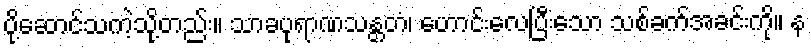
ပို့ဆောင်သကဲ့သို့တည်း။ သာခပုရာဏသန္တတံ၊ ဟောင်းလေပြီးသော သစ်ခက်အခင်းကို။ န